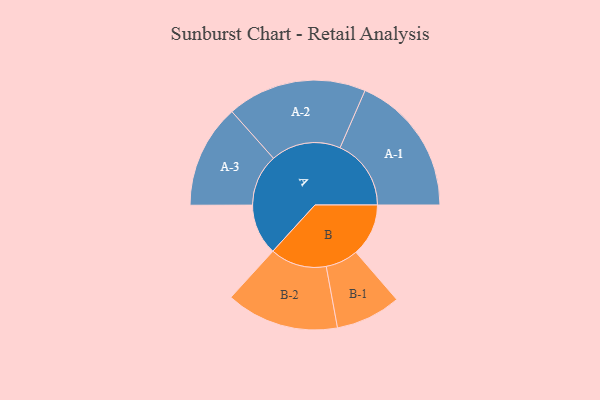
{"axis": {"x": "Segment", "y": "Value"}, "legend": ["", "A", "B"], "data": [{"x": "A", "y": 209, "type": ""}, {"x": "B", "y": 216, "type": ""}, {"x": "A-1", "y": 292, "type": "A"}, {"x": "A-2", "y": 287, "type": "A"}, {"x": "A-3", "y": 213, "type": "A"}, {"x": "B-1", "y": 134, "type": "B"}, {"x": "B-2", "y": 232, "type": "B"}]}